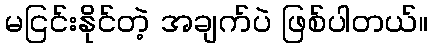
မငြင်းနိုင်တဲ့ အချက်ပဲ ဖြစ်ပါတယ်။